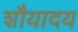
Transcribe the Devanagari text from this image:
शौयादय